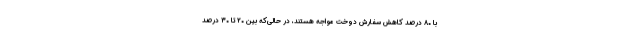
با ۸۰ درصد کاهش سفارش دوخت مواجه هستند، در حالی‌که بین ۲۰ تا ۳۰ درصد